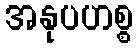
အနုပဟစ္စ